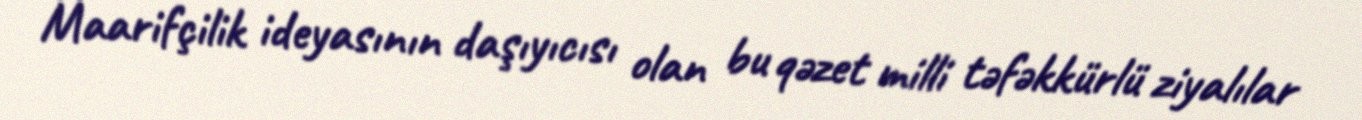
Maarifçilik ideyasının daşıyıcısı olan bu qəzet milli təfəkkürlü ziyalılar